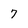
Character: 7